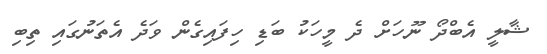
ޝާލީ އެބްދޯ ނޫހަށް ދެ މީހަކު ބަޑި ހިފައިގެން ވަދެ އެތަނުގައި ތިބި